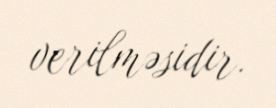
verilməsidir.